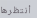
أنتظرها